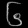
Digit: ၆